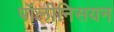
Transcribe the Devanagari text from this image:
पॉलीनिसयन